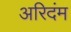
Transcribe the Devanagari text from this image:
अरिदंम